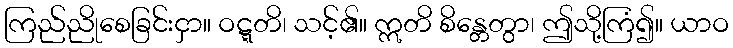
ကြည်ညိုစေခြင်းငှာ။ ဝဋ္ဋတိ၊ သင့်၏။ ဣတိ စိန္တေတွာ၊ ဤသို့ကြံ၍။ ယာဝ